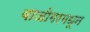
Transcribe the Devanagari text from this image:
बाजीगरमधून